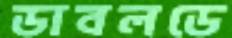
ডাবলডে